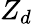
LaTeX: Z_{d}